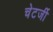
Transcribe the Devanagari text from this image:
चेटर्जी